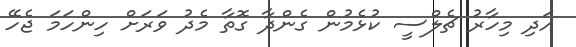
އަދި މިހާރު ޗެލްސީ ކުޅެމުން ގެންދާ ގޮތާ މެދު ވަރަށް ހިންހަމަ ޖެހޭ